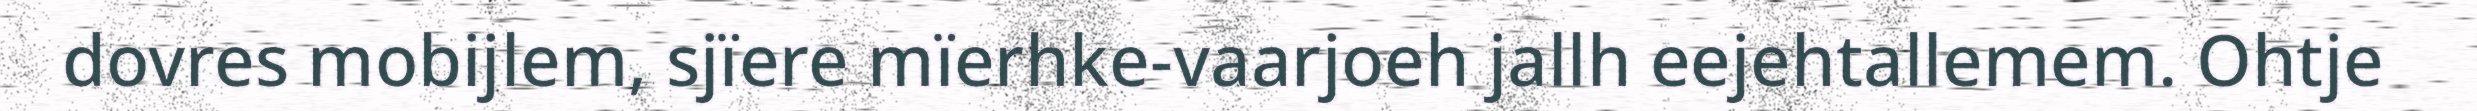
dovres mobijlem, sjïere mïerhke-vaarjoeh jallh eejehtallemem. Ohtje